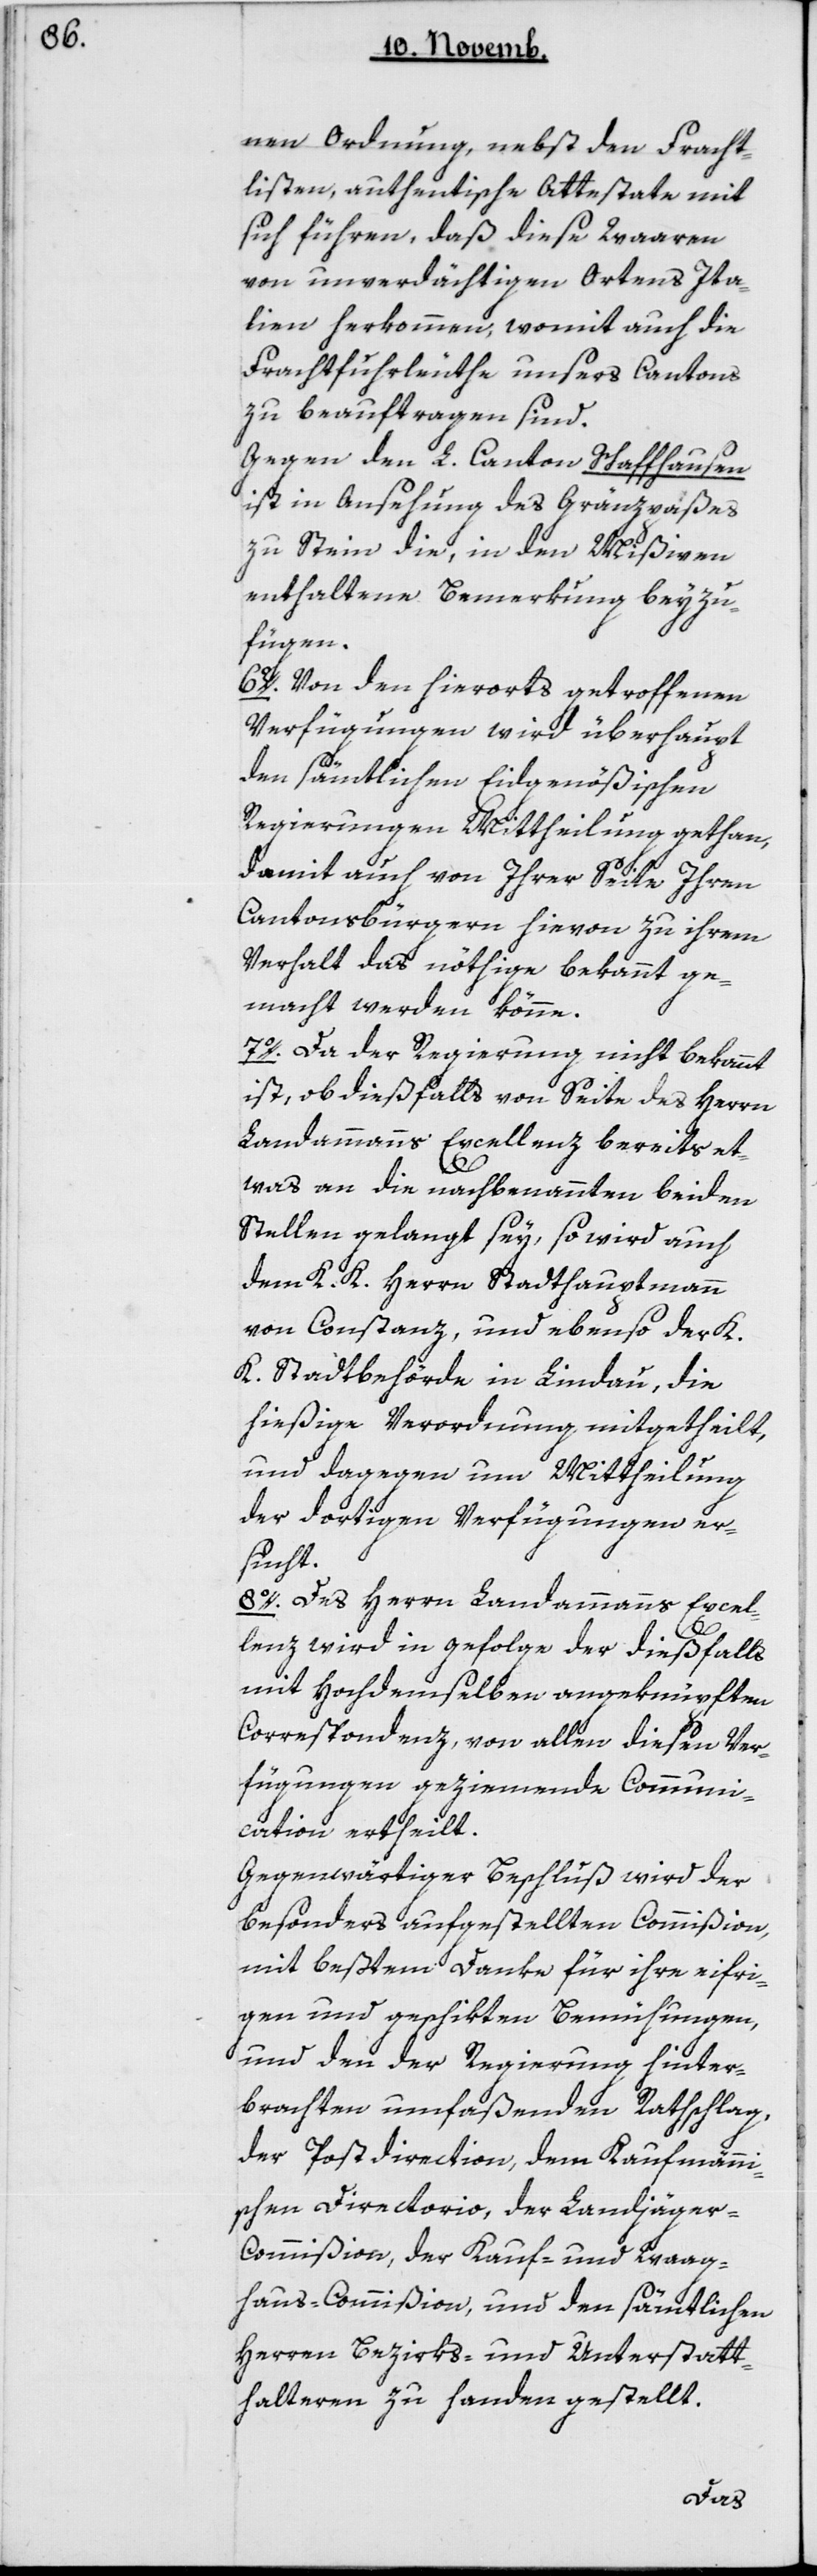
nen Ordnung, nebst den Fracht¬
listen, authentische Attestate mit
sich führen, daß diese Waaren
von unverdächtigen Ortens Ita¬
lien herkommen, womit auch die
Frachtfuhrleute unsers Cantons
zu beauftragen sind.
Gegen den L. Canton Schaffhausen
ist in Ansehung des Gränzpaßes
zu Stein die, in den Mißiven
enthaltene Bemerkung beizu¬
fügen.
6. Von den hierorts getroffenen
Verfügungen wird überhaupt
den sämtlichen Eidgenößischen
Regierungen Mittheilung gethan,
damit auch von Ihrer Seite ihren
Cantonsbürgern hievon zu ihrem
Verhalt das nöthige bekannt ge¬
macht werden könne.
7. Da der Regierung nicht bekannt
ist, ob dießfalls von Seite des Herrn
Landammanns Excellenz bereits et¬
was an die nachbenannten beiden
Stellen gelangt sey, so wird auch
dem K. K. Herrn Stadthauptmann
von Konstanz, und ebenso der K.
K. Stadtbehörde in Lindau die
hießige Verordnung mitgetheilt,
und dagegen um Mittheilung
der dortigen Verfügungen er¬
sucht.
8. Des Herrn Landammanns Excel¬
lenz wird in gefolge der dießfalls
mit Hochdemselben angeknüpften
Correspondenz, von allen diesen Ver¬
fügungen geziemende Communi¬
cation ertheilt.
Gegenwärtiger Beschluß wird der
besonders aufgestellten Commißion,
mit bestem Danke für ihre eifri¬
gen und geschikten Bemühungen,
und den der Regierung hinter¬
brachten umfaßenden Rathschlag,
der Postdirection, dem Kaufmänn¬
ischen Directorio, der Landjäger-C¬
ommißion, der Kauf- und Waag¬
haus-Commißion, und den sämtlichen
Herren Bezirks- und Unterstatt¬
halteren zu Handen gestellt.